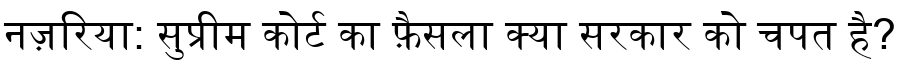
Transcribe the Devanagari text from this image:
नज़रिया: सुप्रीम कोर्ट का फ़ैसला क्या सरकार को चपत है?